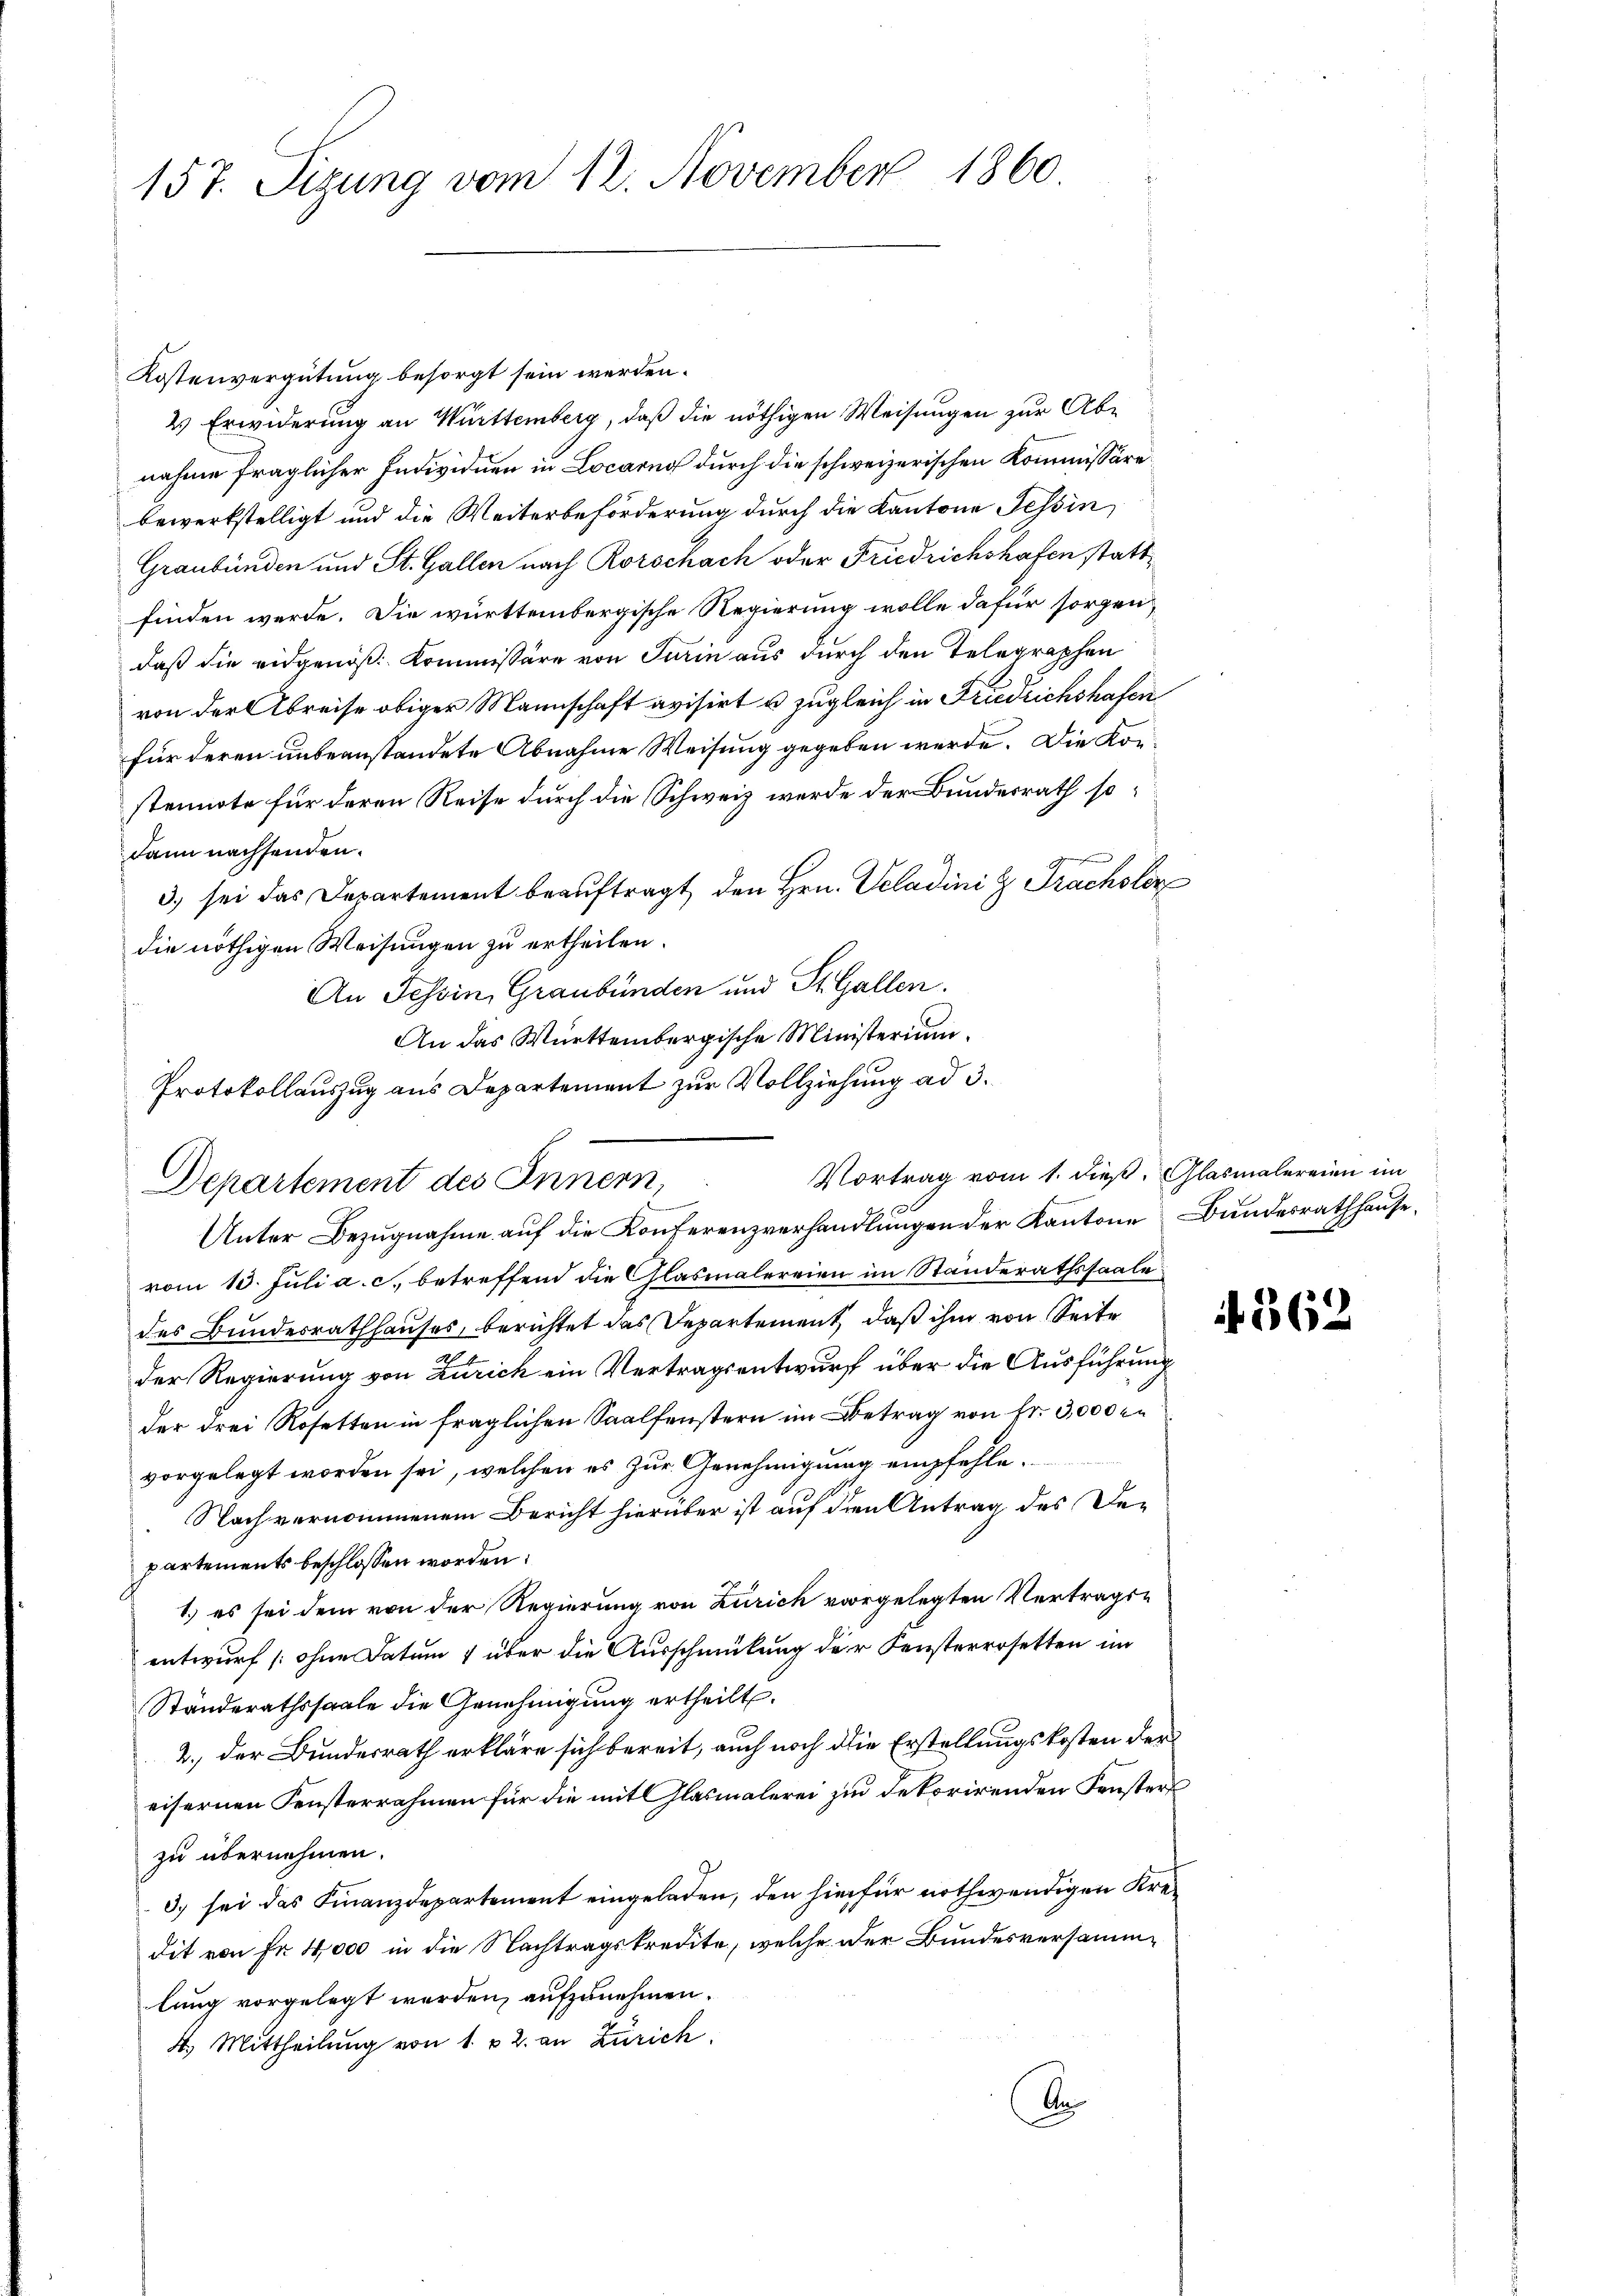
157. Sitzung vom 12. November 1860.

Kostenvergütung besorgt sein werden.
2) Erwiderung an Württemberg, daß die nöthigen Weisungen zur Abnahme fraglicher Individuen in Locarno durch die schweizerischen Kommissäre
bewerkstelligt und die Weiterbeförderung durch die Kantone Tessin,
Graubünden und St. Gallen nach Rorschach oder Friedrichshafen stattfinden werde. Die württembergische Regierung wolle dafür sorgen
daß die eidgenöß: Kommissäre von Turin aus durch den Telegraphen
von der Abreise obiger Mannschaft avisirt u zugleich in Fridrichshafen
für deren unbeanstandete Abnahme Weisung gegeben werde. Die Konstennote für deren Reise durch die Schweiz werde der Bundesrath sodann nachsenden.
3) sei das Departement beauftragt, den Hrn. Scladini & Trachsler
die nöthigen Weisungen zu ertheilen.
An Tessin, Graubünden und St. Gallen.
An das Württembergische Ministerium.
Protokollauszug aus Departement zur Vollziehung ad 3.
Unter Bezugnahme auf die Konferenzverhandlungen der Kantone Bundesrathhause.
vom 10. Juli a. c., betreffend die Glasmalereien im Standerathssaale
des Bundesrathhauses, berichtet das Departement, daß ihm von Seite
.
der Regierung von Zürich ein Vertragsentwurf über die Ausführung
der drei Rosetten in fraglichen Saalfenstern im Betrag von Fr. 3,000 en
vorgelegt worden sei, welchen es zur Genehmigung empfehle.
Nach vernommenem Bericht hierüber ist auf den Antrag des Departements beschlossen worden:
1.) es sei dem von der Regierung von Zürich vorgelegten Vertragsentwurf [ohne Datum 4 über die Ausschmülung der Fensterrosetten im
Ständerathssaale die Genehmigung ertheilt.
2.) der Bundesrath erkläre sich bereit, auch noch die Erstellungskosten der
eisernen Fensterrahmen für die mit Glasmalerei zu dekorirenden Fensters
zu übernehmen.
3) sei das Finanzdepartement eingeladen, den hiefür nothwendigen Kredit von Fr. 4000 in die Nachtragskredite, welche der Bundesversammlung vorgelegt werden, aufzunehmen.
4. Mittheilung von 1 u 2. an Zürich.
A

Vortrag vom 1. dieß. Glasmalereien im
Departement des Innern,
e

362.